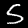
Digit: 5